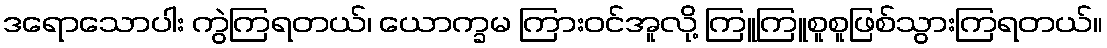
ဒရောသောပါး ကွဲကြရတယ်၊ ယောက္ခမ ကြားဝင်အူလို့ ကြူကြူစူစူဖြစ်သွားကြရတယ်။